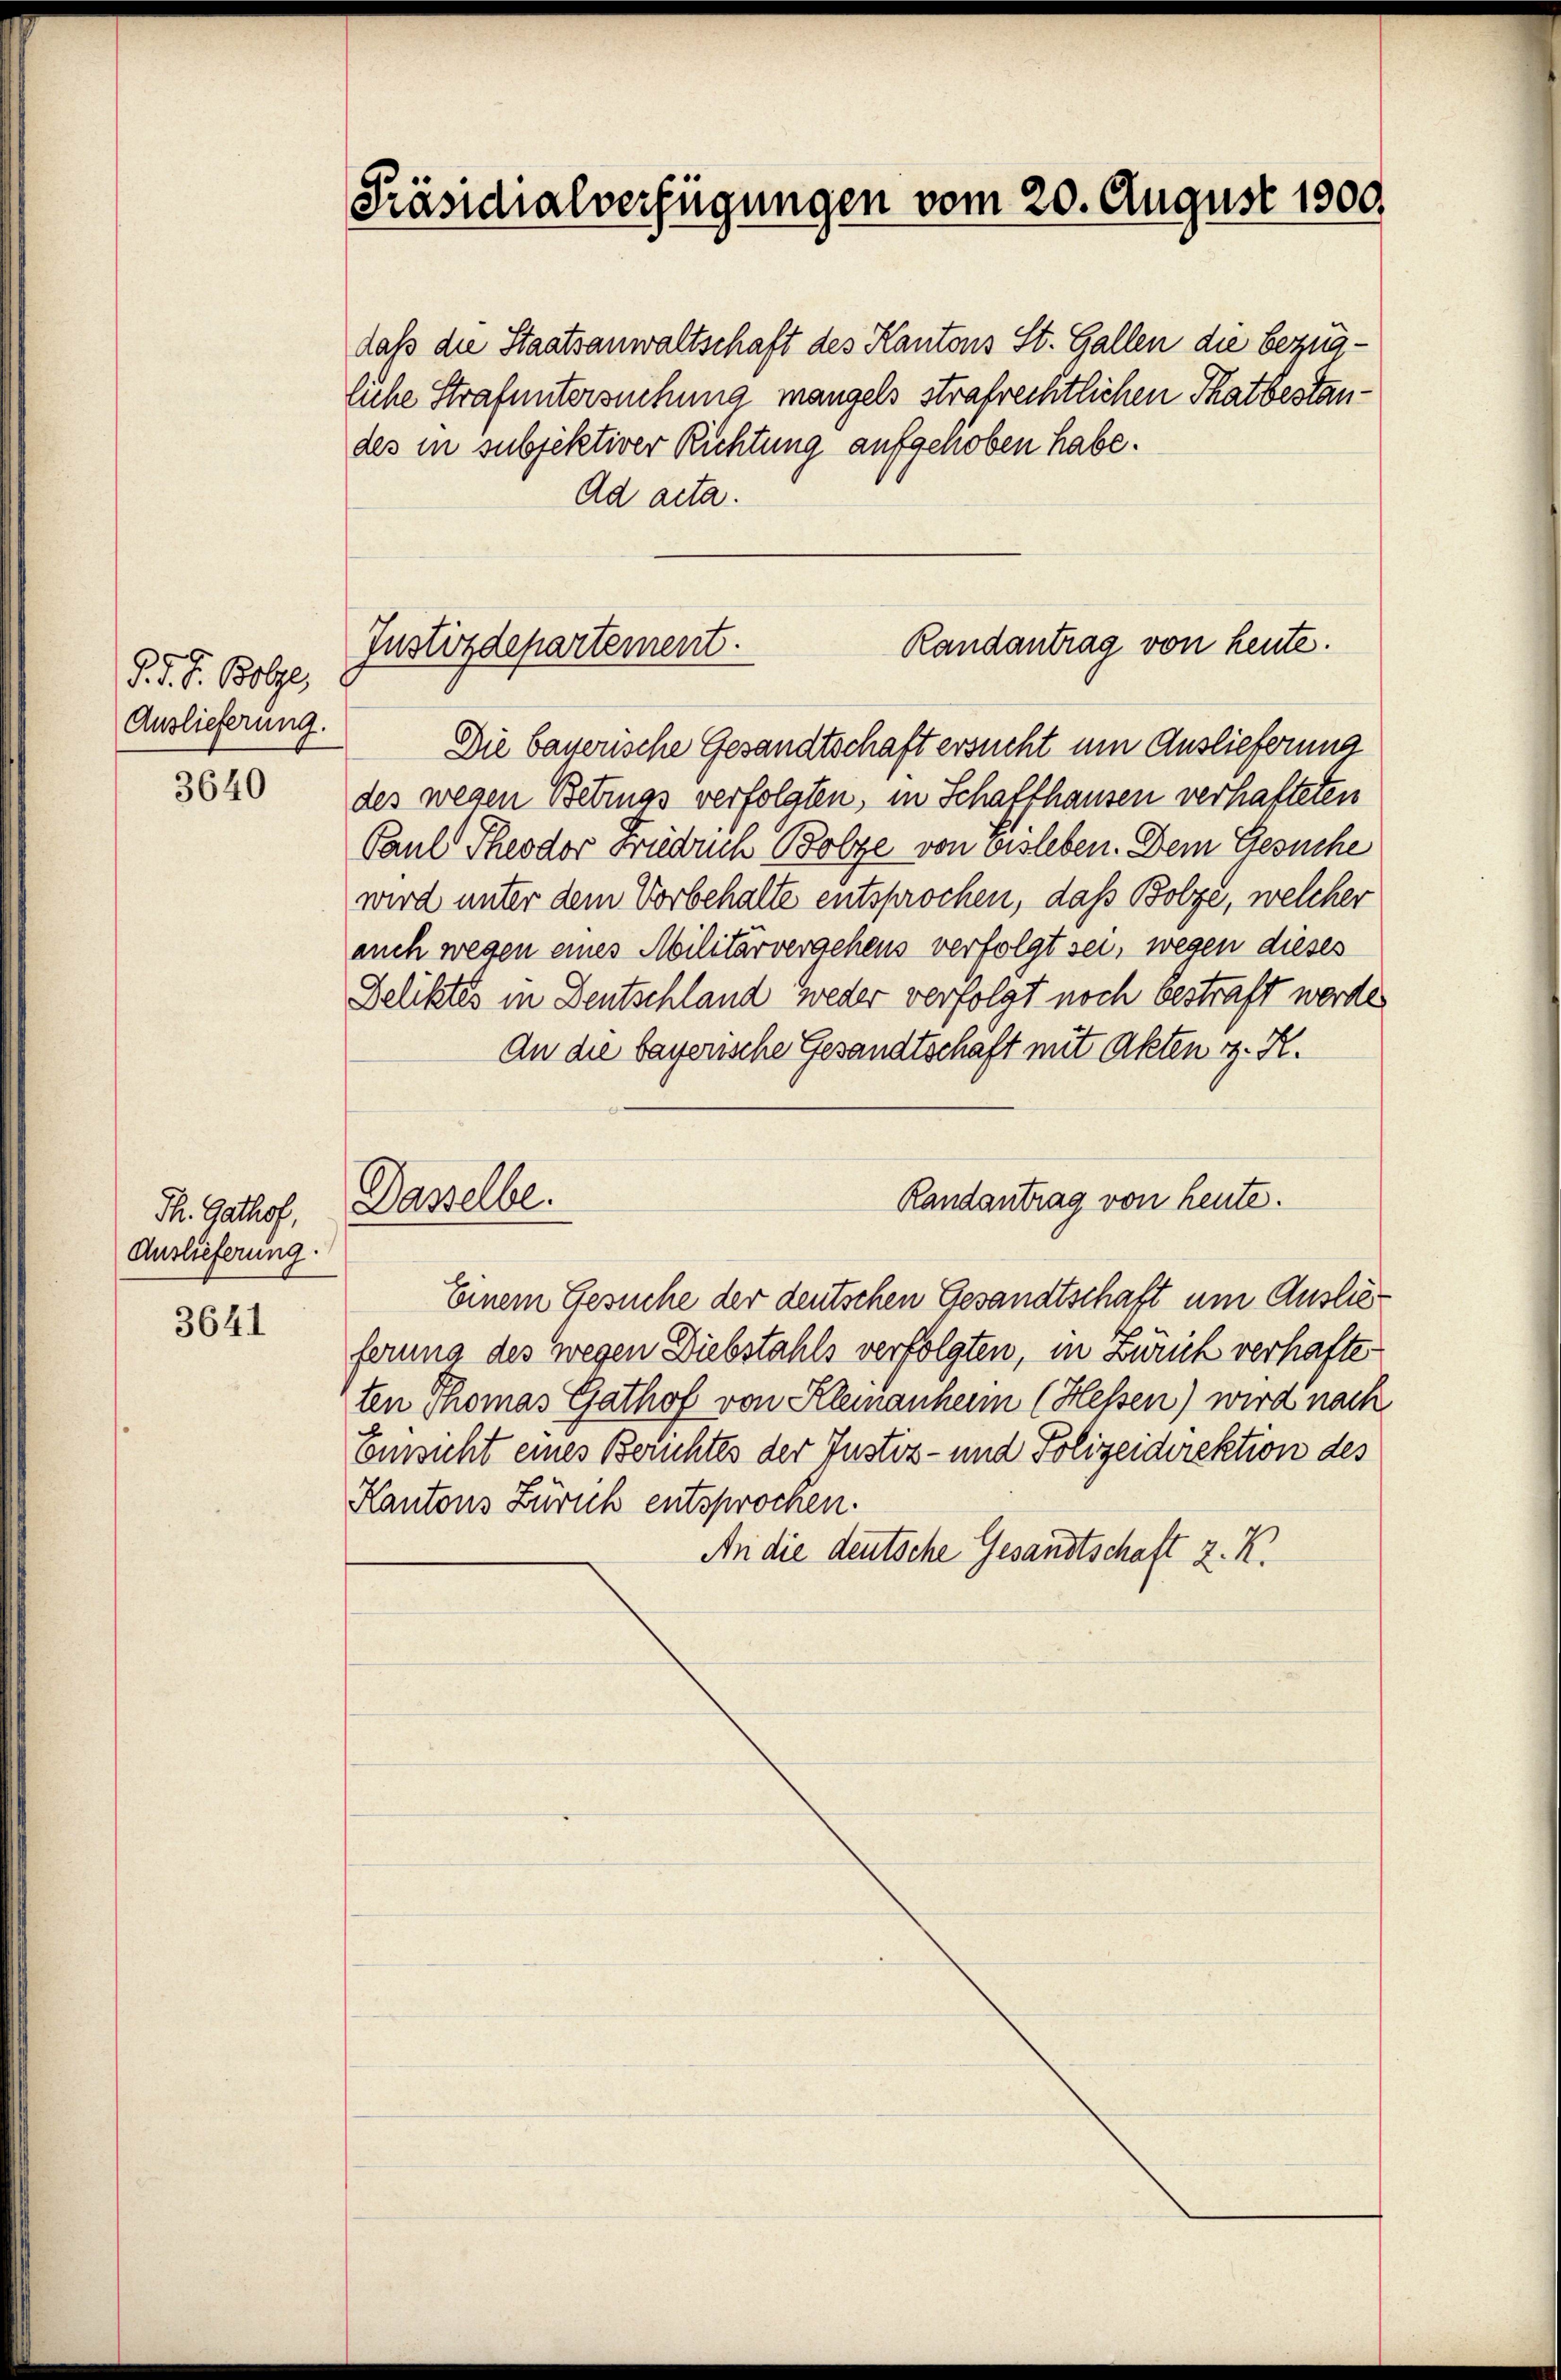
§. J. J. Bolze,
Auslieferung.

3640

Th. Gathof,
Auslieferung.

3641

f

Präsidialverfügungen vom 20. August 1800.

daß die Staatsanwaltschaft des Kantons St. Gallen die bezügliche Strafuntersuchung mangels strafrechtlichen Thatbestandes in subjektiver Richtung aufgehoben habe.
Ad acta.

Die bayerische Gesandtschaft ersucht um Auslieferung
des wegen Betruas verfolgten, in Schaffhausen verhafteten
Paul Theodor Frieduch Bolze von bisleben. Dem Gesuche
wird unter dem Vorbehalte entsprochen, daß Bolze, welcher
auch wegen eines Militärverachens verfolgt sei, wegen dieses
Deliktes in Deutschland weder verfolgt noch bestraft werde.
An die bayerische Gesandtschaft mit Akten z. R.
Randantrag von heute.
Dasselbe.
Einem Gesuche der deutschen Gesandtschaft um Auslieferung des wegen Diebstahls verfolgten, in Zürich verhafte
ten Thomas Gathof von Kleinanheim (Hessen) wird nach
Emsicht eines Berichtes der Justiz- und Polizeidirektion des
Kantons Zürich entsprochen.
An die deutsche Gesandtschaft z. K.

Randantrag von heute.
Justizdepartement.